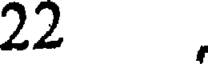
22